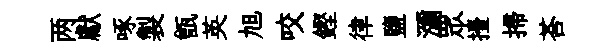
两獻啄製甑英旭咬鏗律鹽瀰眾擡掃荅